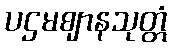
ပဌမဈာနသုတ္တံ